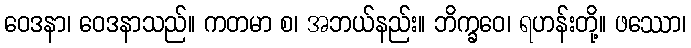
ဝေဒနာ၊ ဝေဒနာသည်။ ကတမာ စ၊ အဘယ်နည်း။ ဘိက္ခဝေ၊ ရဟန်းတို့။ ဖဿော၊